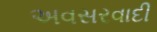
અવસરવાદી